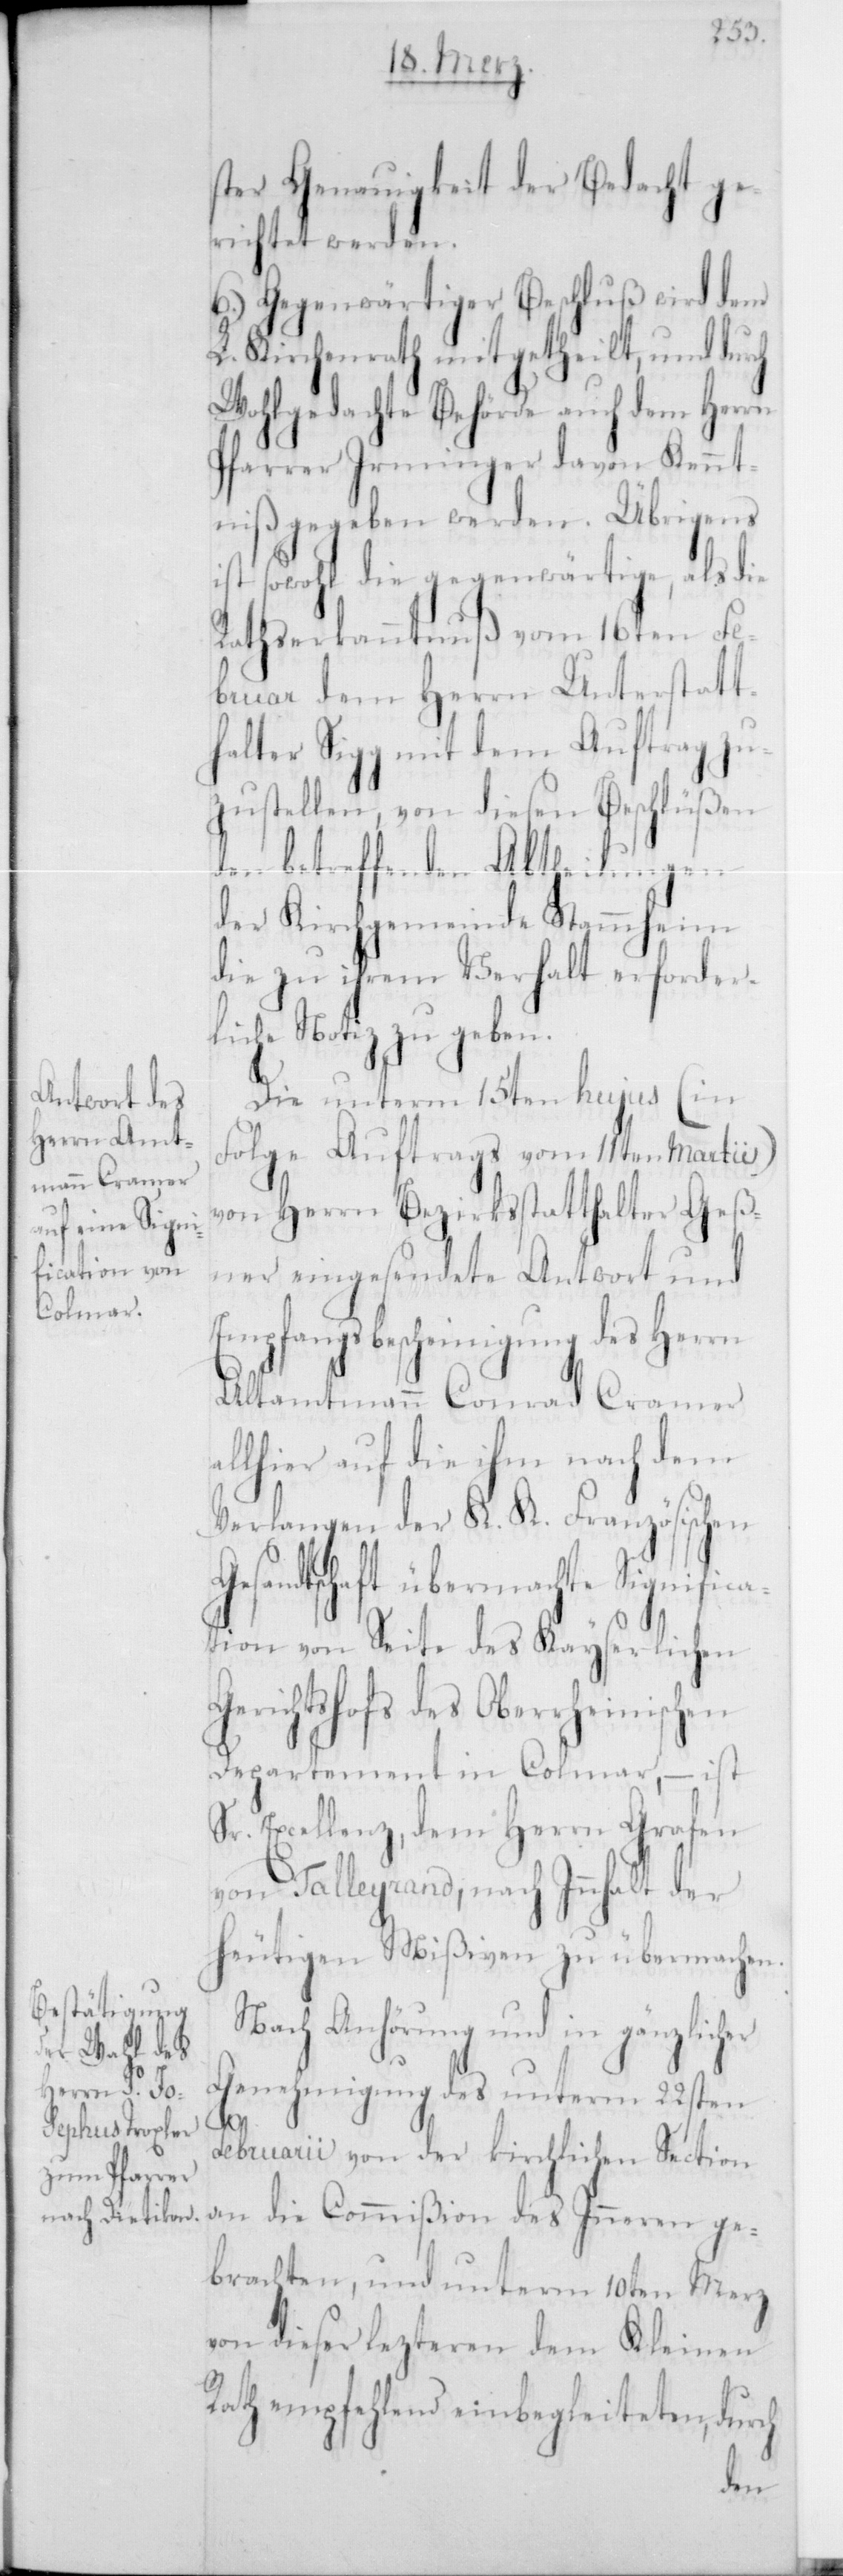
ster Genauigkeit der Bedacht ge¬
richtet werden.
6.) Gegenwärtiger Beschluß wird dem
L. Kirchenrath mitgetheilt, und durch
Wohlgedachte Behörde auch dem Herrn
Pfarrer Irminger davon Kennt¬
niß gegeben werden. Übrigens
ist sowohl die gegenwärtige, als die
Rathserkanntnuß vom 16ten Fe¬
bruar dem Herrn Unterstatt¬
halter Sigg mit dem Auftrag zu¬
zustellen, von diesen Beschlüßen
den betreffenden Abtheilungen
der Kirchgemeinde Stammheim
die zu ihrem Verhalt erforder¬
liche Notiz zu geben.
Die unterm 15ten hujus (in
Folge Auftrags vom 11ten Martii)
von Herrn Bezirksstatthalter Geß¬
ner eingesendete Antwort und
Empfangsbescheinigung des Herrn
Altammann Conrad Cramer
allhier auf die ihm nach dem
Verlangen der K. K. Französischen
andtschaft übermachte Significa¬
tion von Seite des Kayserlichen
richtshofs des Oberrheinisch¬
Departement in Colmar, – ist
Sr. Excellenz, dem Herrn Grafen
von Talleyrand, nach Innhalt der
heutigen Mißiven zu übermachen.
Nach Anhörung und in gänzlich¬
Genehmigung des unterm 22sten
er
Februarii von der kirchlichen Section
an die Commißion des Innern ge¬
brachten, und unterm 10ten Merz
von dieser lezteren dem Kleinen
Rath empfehlend einbegleiteten, durch